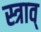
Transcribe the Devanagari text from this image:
स्त्राव्